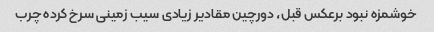
خوشمزه نبود برعکس قبل، دورچین مقادیر زیادی سیب زمینی سرخ کرده چرب